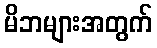
မိဘများအတွက်